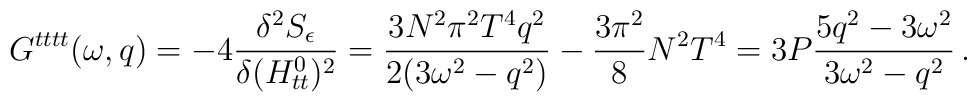
G^{tttt}(\omega,q) = - 4 {\delta^2  S_{\epsilon}\over \delta (H_{tt}^0)^2} = {3N^2\pi^2 T^4 q^2\over 2 (3\omega^2 - q^2)} - {3  \pi^2 \over 8} N^2 T^4   = 3P\frac{5q^2-3\omega^2}{3\omega^2-q^2}\,.